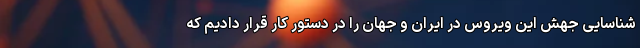
شناسایی جهش این ویروس در ایران و جهان را در دستور کار قرار دادیم که